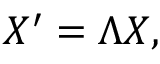
X ^ { \prime } = \Lambda X ,